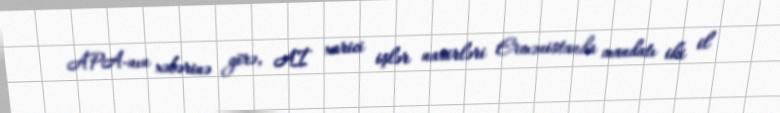
APA-nın xəbərinə görə, Aİ xarici işlər nazirləri Ermənistanda mandatı iki il